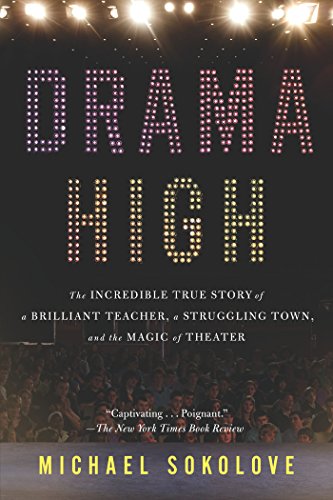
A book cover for Drama High: The Incredible True Story of a Brilliant Teacher, a Struggling Town, and the Magic of Theater; Michael Sokolove; Biographies & Memoirs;